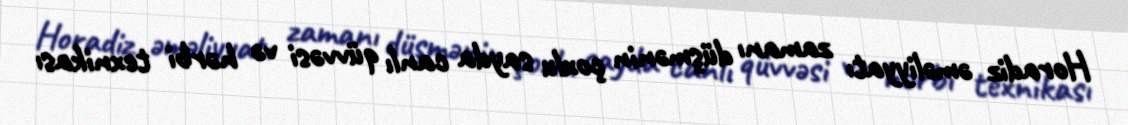
Horadiz əməliyyatı zamanı düşmənin çoxlu sayda canlı qüvvəsi və hərbi texnikası